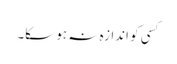
کسی کو اندازہ نہ ہو سکا۔